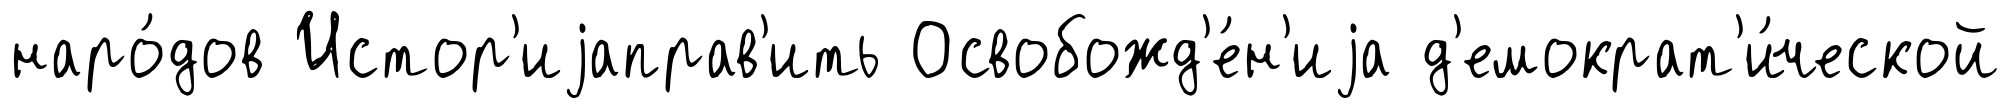
наро́дов Истор'иjаправ'ить Освобожд'е́н'иjа д'емократ'и́ческой